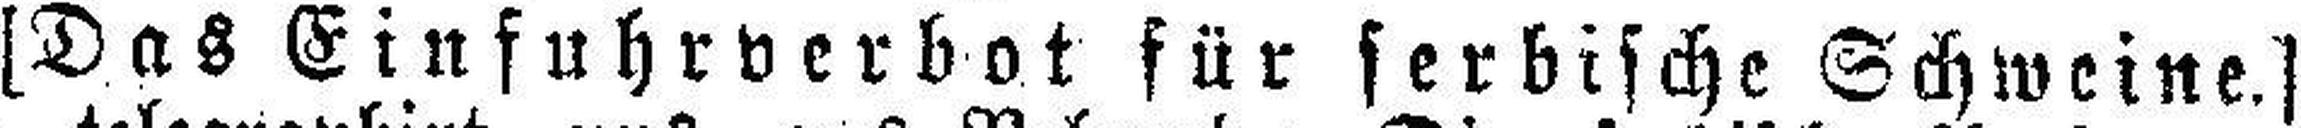
[Das Einfuhrverbot für serbische Schweine.]